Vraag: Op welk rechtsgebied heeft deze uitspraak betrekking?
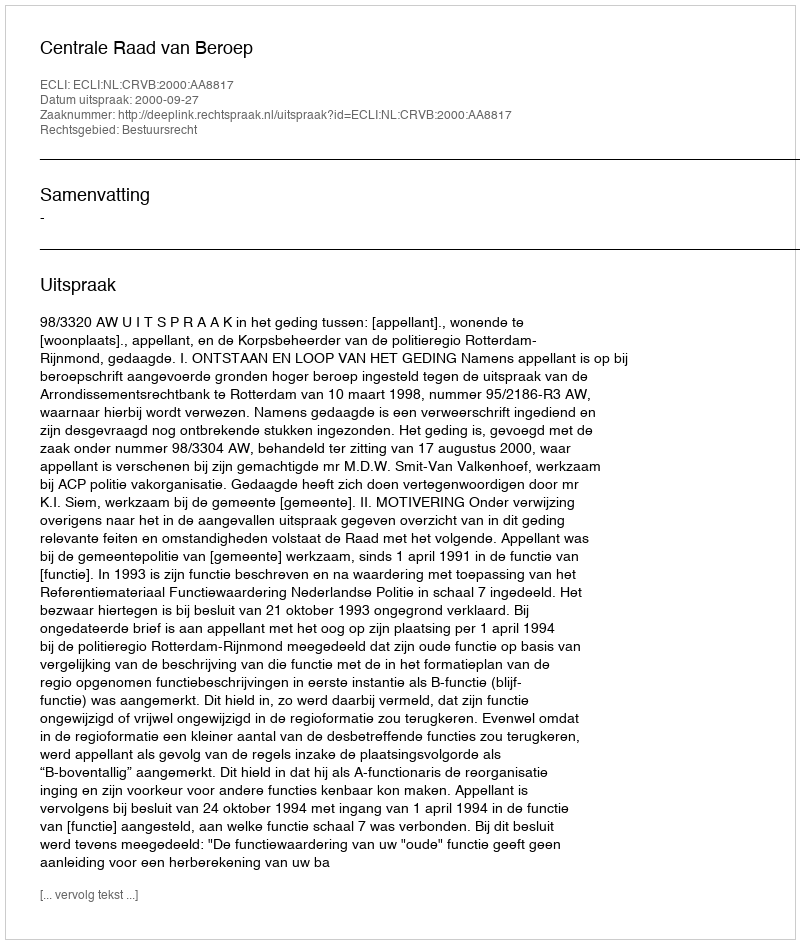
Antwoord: Bestuursrecht